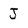
Character: J